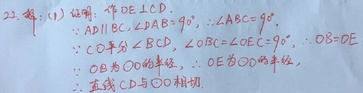
解：(1) 证明：作\(DE\perp CD\)。
因为\(AD\parallel BC\)，\(\angle ABC = 90^{\circ}\)，所以\(\angle BAD+\angle ABC = 180^{\circ}\)，则\(\angle BAD = 90^{\circ}\)。
又因为\(CO = DO\)，\(\angle BCD\)，\(\angle OBC=\angle OEC = 90^{\circ}\)，\(OD = OE\)。
由于\(OE\)为\(\odot O\)的半径，所以直线\(CD\)与\(\odot O\)相切。